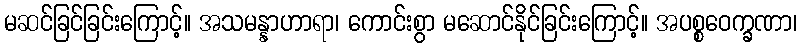
မဆင်ခြင်ခြင်းကြောင့်။ အသမန္နာဟာရာ၊ ကောင်းစွာ မဆောင်နိုင်ခြင်းကြောင့်။ အပစ္စဝေက္ခဏာ၊